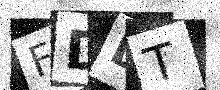
Text: FDDT